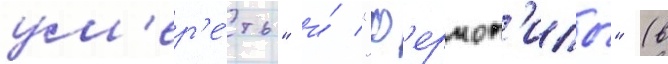
ум'ер'е́ть" и́ "ф'ермоп'илы" (в